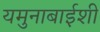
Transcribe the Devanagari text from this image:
यमुनाबाईशी